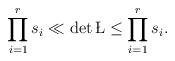
LaTeX: \begin{align*} \prod_{i=1}^r s_i \ll \det \L \le \prod_{i=1}^r s_i. \end{align*}